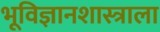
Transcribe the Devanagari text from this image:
भूविज्ञानशास्त्राला